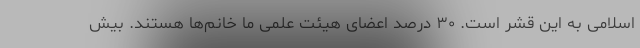
اسلامی به این قشر است. ۳۰ درصد اعضای هیئت علمی ما خانم‌ها هستند. بیش